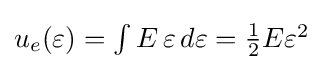
{\textstyle u_{e}(\varepsilon )=\int {E\,\varepsilon }\,d\varepsilon ={\frac {1}{2}}E{\varepsilon }^{2}}